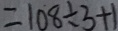
= 1 0 8 \div 3 + 1